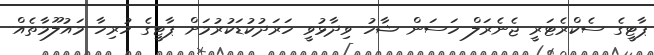
ޕާޓީގެ ސެކްރެޓަރީ ޖެނެރަލް ހަސަން ޝާހު ވިދާޅުވީ ހަރަދުކުޑަކުރުމަށް ޕާޓީގެ ހުރިހާ މައުލޫމާތެއް